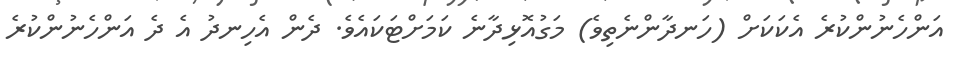
އަންހެނުންކުރެ އެކަކަށް (ހަނދާންނެތިވެ) މަގުއޮޅިދާނެ ކަމަށްޓަކައެވެ. ދެން އެހިނދު އެ ދެ އަންހެނުންކުރެ